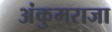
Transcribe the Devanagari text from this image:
अंकुमराजा